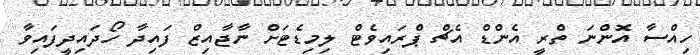
ހިއްސާ އޮންނަ ތްރީ އެންޑް އެޗް ޕްރައިވެޓް ލިމިޑެޓަށް ނާޖާއިޒް ފައިދާ ހޯދައިދީފައިވާ